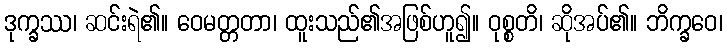
ဒုက္ခဿ၊ ဆင်းရဲ၏။ ဝေမတ္တတာ၊ ထူးသည်၏အဖြစ်ဟူ၍။ ဝုစ္စတိ၊ ဆိုအပ်၏။ ဘိက္ခဝေ၊